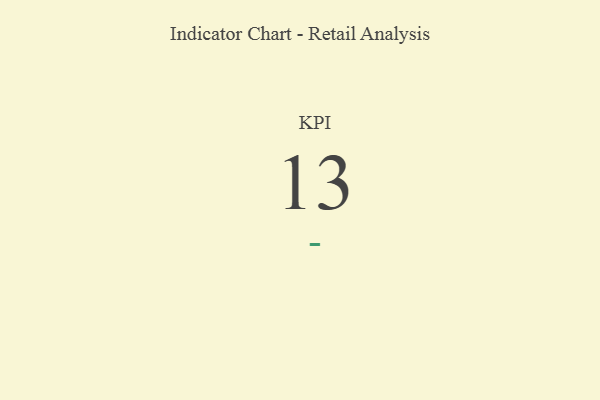
{"axis": {"x": "KPI", "y": "Value"}, "legend": [""], "data": [{"x": "KPI", "y": 13, "type": ""}]}